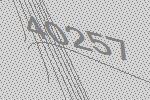
40257